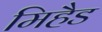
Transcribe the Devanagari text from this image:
मिहैड